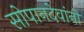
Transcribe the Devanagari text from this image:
सोपानदेवांनी